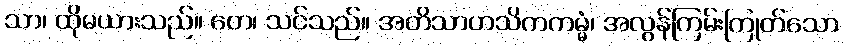
သာ၊ ထိုမယားသည်။ တေ၊ သင်သည်။ အတိသာဟသိကကမ္မံ၊ အလွန်ကြမ်းကြုတ်သော